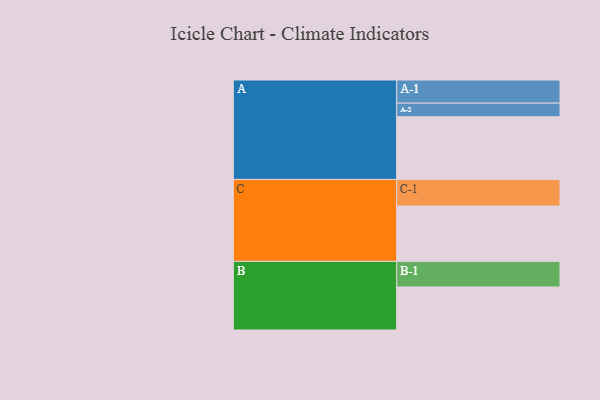
{"axis": {"x": "Segment", "y": "Value"}, "legend": ["", "A", "B", "C"], "data": [{"x": "A", "y": 580, "type": ""}, {"x": "B", "y": 398, "type": ""}, {"x": "C", "y": 512, "type": ""}, {"x": "A-1", "y": 214, "type": "A"}, {"x": "A-2", "y": 126, "type": "A"}, {"x": "B-1", "y": 237, "type": "B"}, {"x": "C-1", "y": 246, "type": "C"}]}